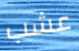
عشب